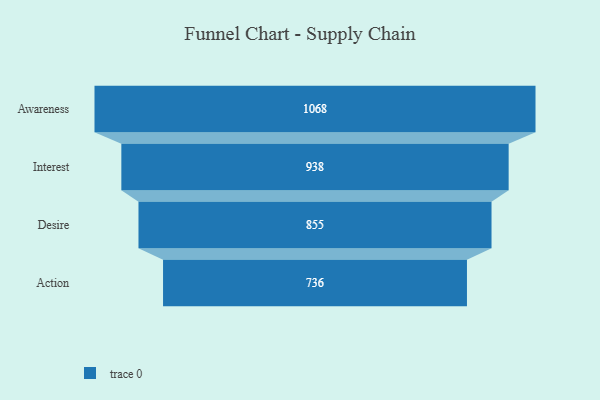
{"axis": {"x": "Stage", "y": "Value"}, "legend": [""], "data": [{"x": "Awareness", "y": 1068.0, "type": ""}, {"x": "Interest", "y": 938.0, "type": ""}, {"x": "Desire", "y": 855.0, "type": ""}, {"x": "Action", "y": 736.0, "type": ""}]}